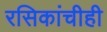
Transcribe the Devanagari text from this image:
रसिकांचीही